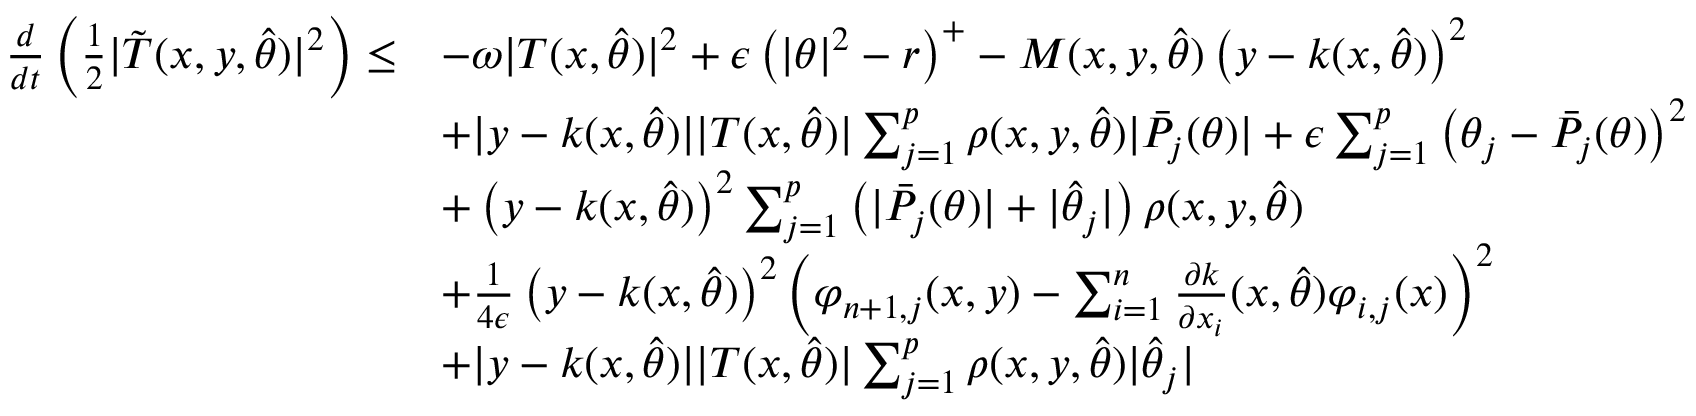
\begin{array} { r l } { \frac { d } { d t } \left( \frac { 1 } { 2 } \vert \tilde { T } ( x , y , \hat { \theta } ) \vert ^ { 2 } \right) \leq } & { - \omega \vert T ( x , \hat { \theta } ) \vert ^ { 2 } + \epsilon \left( \vert \theta \vert ^ { 2 } - r \right) ^ { + } - M ( x , y , \hat { \theta } ) \left( y - k ( x , \hat { \theta } ) \right) ^ { 2 } } \\ & { + \vert y - k ( x , \hat { \theta } ) \vert \vert T ( x , \hat { \theta } ) \vert \sum _ { j = 1 } ^ { p } \rho ( x , y , \hat { \theta } ) \vert \bar { P } _ { j } ( \theta ) \vert + \epsilon \sum _ { j = 1 } ^ { p } \left( \theta _ { j } - \bar { P } _ { j } ( \theta ) \right) ^ { 2 } } \\ & { + \left( y - k ( x , \hat { \theta } ) \right) ^ { 2 } \sum _ { j = 1 } ^ { p } \left( \vert \bar { P } _ { j } ( \theta ) \vert + \vert \hat { \theta } _ { j } \vert \right) \rho ( x , y , \hat { \theta } ) } \\ & { + \frac { 1 } { 4 \epsilon } \left( y - k ( x , \hat { \theta } ) \right) ^ { 2 } \left( \varphi _ { n + 1 , j } ( x , y ) - \sum _ { i = 1 } ^ { n } \frac { \partial k } { \partial x _ { i } } ( x , \hat { \theta } ) \varphi _ { i , j } ( x ) \right) ^ { 2 } } \\ & { + \vert y - k ( x , \hat { \theta } ) \vert \vert T ( x , \hat { \theta } ) \vert \sum _ { j = 1 } ^ { p } \rho ( x , y , \hat { \theta } ) \vert \hat { \theta } _ { j } \vert } \end{array}